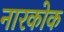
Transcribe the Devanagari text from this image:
नारकोक